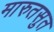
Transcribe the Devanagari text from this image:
मारुतसुत